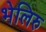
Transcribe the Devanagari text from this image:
भेलिरु